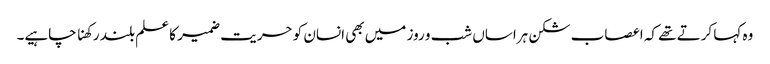
وہ کہا کرتے تھے کہ اعصاب شکن ہراساں شب و روز میں بھی انسان کو حریت ضمیر کا علم بلند رکھنا چاہیے۔